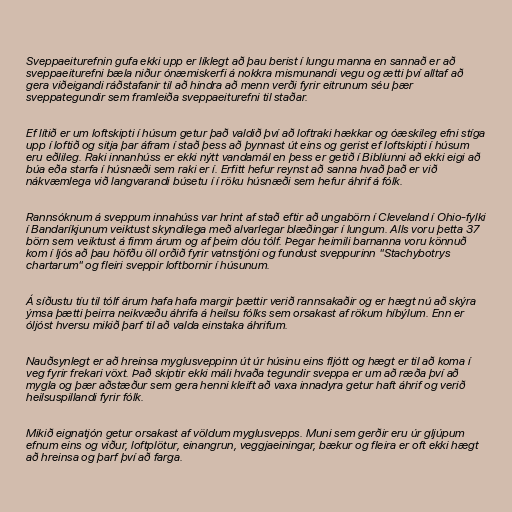
Sveppaeiturefnin gufa ekki upp er líklegt að þau berist í lungu manna en sannað er að
sveppaeiturefni bæla niður ónæmiskerfi á nokkra mismunandi vegu og ætti því alltaf að
gera viðeigandi ráðstafanir til að hindra að menn verði fyrir eitrunum séu þær
sveppategundir sem framleiða sveppaeiturefni til staðar.

Ef lítið er um loftskipti í húsum getur það valdið því að loftraki hækkar og óæskileg efni stíga
upp í loftið og sitja þar áfram í stað þess að þynnast út eins og gerist ef loftskipti í húsum
eru eðlileg. Raki innanhúss er ekki nýtt vandamál en þess er getið í Biblíunni að ekki eigi að
búa eða starfa í húsnæði sem raki er í. Erfitt hefur reynst að sanna hvað það er við
nákvæmlega við langvarandi búsetu í í röku húsnæði sem hefur áhrif á fólk.

Rannsóknum á sveppum innahúss var hrint af stað eftir að ungabörn í Cleveland í Ohio-fylki
í Bandaríkjunum veiktust skyndilega með alvarlegar blæðingar í lungum. Alls voru þetta 37
börn sem veiktust á fimm árum og af þeim dóu tólf. Þegar heimili barnanna voru könnuð
kom í ljós að þau höfðu öll orðið fyrir vatnstjóni og fundust sveppurinn "Stachybotrys
chartarum" og fleiri sveppir loftbornir í húsunum.

Á síðustu tíu til tólf árum hafa hafa margir þættir verið rannsakaðir og er hægt nú að skýra
ýmsa þætti þeirra neikvæðu áhrifa á heilsu fólks sem orsakast af rökum híbýlum. Enn er
óljóst hversu mikið þarf til að valda einstaka áhrifum.

Nauðsynlegt er að hreinsa myglusveppinn út úr húsinu eins fljótt og hægt er til að koma í
veg fyrir frekari vöxt. Það skiptir ekki máli hvaða tegundir sveppa er um að ræða því að
mygla og þær aðstæður sem gera henni kleift að vaxa innadyra getur haft áhrif og verið
heilsuspillandi fyrir fólk.

Mikið eignatjón getur orsakast af völdum myglusvepps. Muni sem gerðir eru úr gljúpum
efnum eins og viður, loftplötur, einangrun, veggjaeiningar, bækur og fleira er oft ekki hægt
að hreinsa og þarf því að farga.